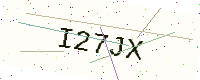
Text: I27JX